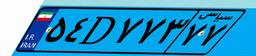
۵۴D۷۷۳۷۷